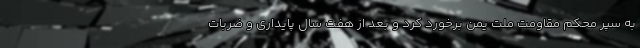
به سپر محکم مقاومت ملت یمن برخورد کرد و بعد از هفت سال پایداری و ضربات